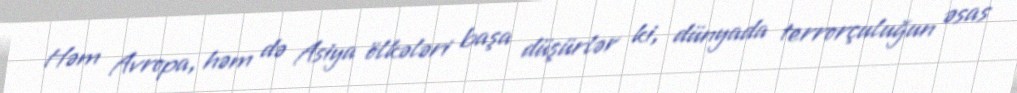
Həm Avropa, həm də Asiya ölkələri başa düşürlər ki, dünyada terrorçuluğun əsas